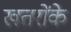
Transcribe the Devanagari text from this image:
खतरोंके